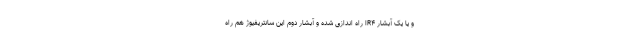
و یا یک آبشار IR۴ راه اندازی شده و آبشار دوم این سانتریفیوژ هم راه